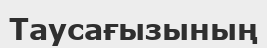
Таусағызының